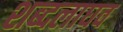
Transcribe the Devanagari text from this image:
शब्दलाघव